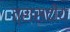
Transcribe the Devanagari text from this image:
त्रासदीय